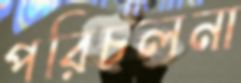
পরিচলনা